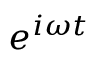
e ^ { i \omega t }